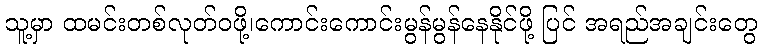
သူ့မှာ ထမင်းတစ်လုတ်ဝဖို့၊ကောင်းကောင်းမွန်မွန်နေနိုင်ဖို့ ပြင် အရည်အချင်းတွေ